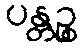
ပန္တဉ္စ